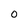
Character: O